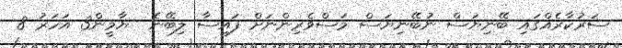
ސަރުކާރެއްގައި ބޭނިޔަސް ނުބޭނިޔަސް މަސްވެރިންނަށް ފައިސާ ލިބޭނެ  ޔާމީން3 އަހަރު 8